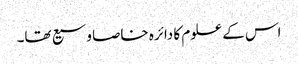
اس کے علوم کا دائرہ خاصا وسیع تھا۔